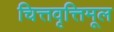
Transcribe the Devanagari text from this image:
चित्तवृत्तिमूल